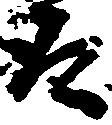
取